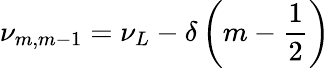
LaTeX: \nu_{m,m-1}=\nu_{L}-\delta\left(m-\frac{1}{2}\right)